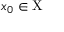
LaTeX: x _ { 0 } \in \mathrm { X }